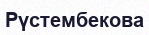
Рүстембекова